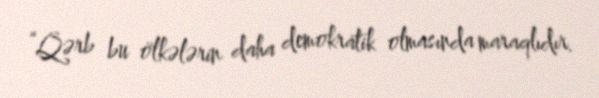
“Qərb bu ölkələrin daha demokratik olmasında maraqlıdır.